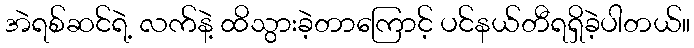
အဲရစ်ဆင်ရဲ့ လက်နဲ့ ထိသွားခဲ့တာကြောင့် ပင်နယ်တီရရှိခဲ့ပါတယ်။